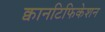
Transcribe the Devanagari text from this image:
क्वानटिफिकेशन